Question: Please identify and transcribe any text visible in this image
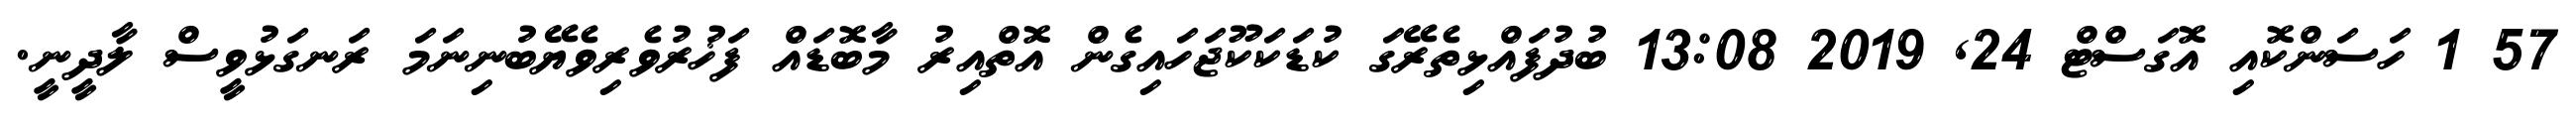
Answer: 57 1 ހަސަންކޮއި އޮގަސްޓް 24, 2019 13:08 ބުދުފައްޅިތެރޭގަ ކުޑަކަކޫޖަހައިގެން އޮތްއިރު މާބޮޑައް ފަޚުރުވެރިވެޔޭބުނިނަމަ ރަނގަޅުވީސް ލާދީނީ.